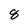
Character: 8